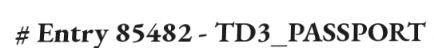
# Entry 85482 - TD3_PASSPORT